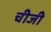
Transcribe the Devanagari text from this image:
चीजी